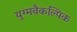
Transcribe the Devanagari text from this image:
युग्मवैकल्पिक